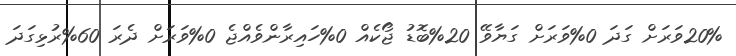
20%ވަރަށް ގަދަ 0%ވަރަށް ގަޔާވޭ 20%ބޮޑު ޖޯކެއް 0%ހައިރާންވެއްޖެ 0%ވަރަށް ދެރަ 60%ރުޅިގަދަ